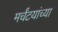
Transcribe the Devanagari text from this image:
मर्चंटयांच्या